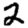
Digit: 2